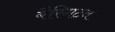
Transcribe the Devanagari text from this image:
बैरिगटन